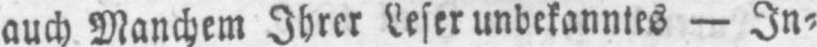
auch Manchem Ihrer Leser unbekanntes - In⸗